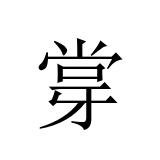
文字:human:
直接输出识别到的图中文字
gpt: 牚